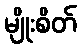
မျိုးစိတ်